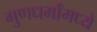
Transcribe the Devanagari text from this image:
गुणधर्मांमध्ये